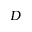
D